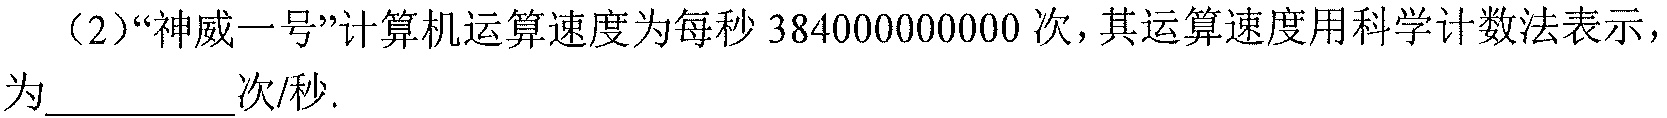
（2）“神威一号”计算机运算速度为每秒\(384000000000\)次，其运算速度用科学计数法表示，为__________次/秒.